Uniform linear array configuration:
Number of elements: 32
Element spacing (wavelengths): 0.5
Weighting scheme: kaiser
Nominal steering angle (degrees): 15
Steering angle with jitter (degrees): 13.807
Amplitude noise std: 0.05
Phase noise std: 0.05

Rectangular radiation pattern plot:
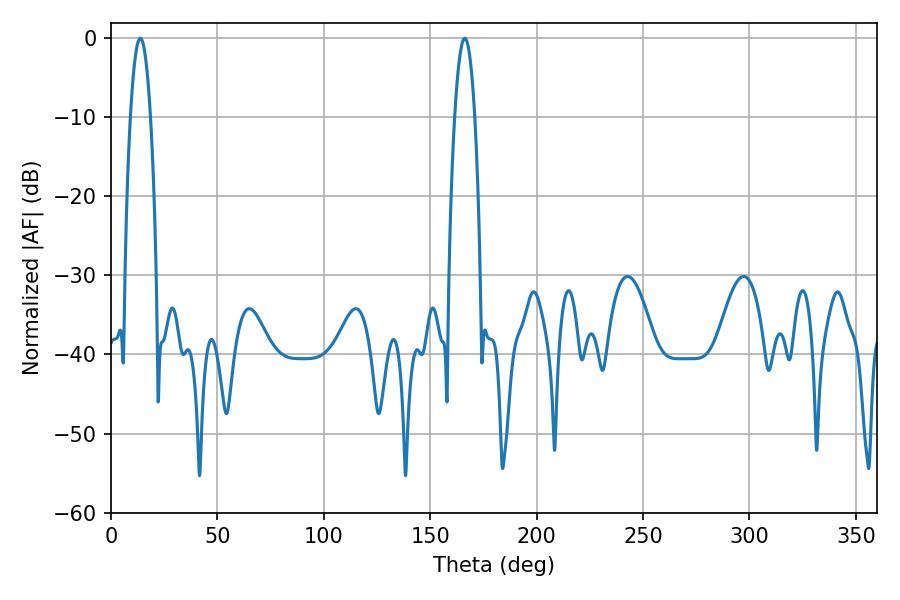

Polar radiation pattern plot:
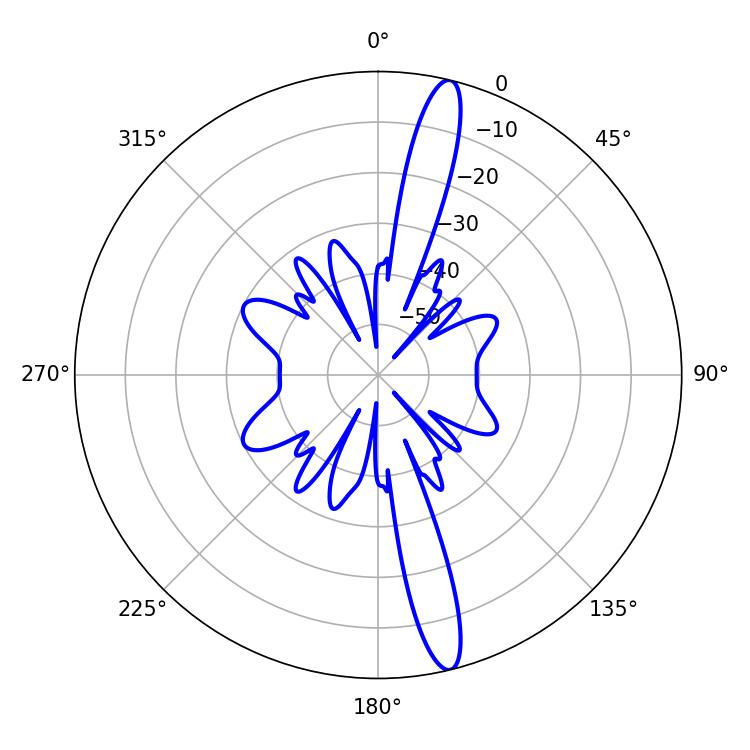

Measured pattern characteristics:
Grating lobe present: FALSE
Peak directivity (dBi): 16.346
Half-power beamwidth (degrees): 5.22
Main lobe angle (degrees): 13.68